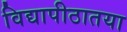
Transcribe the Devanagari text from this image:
विद्यापीठातया